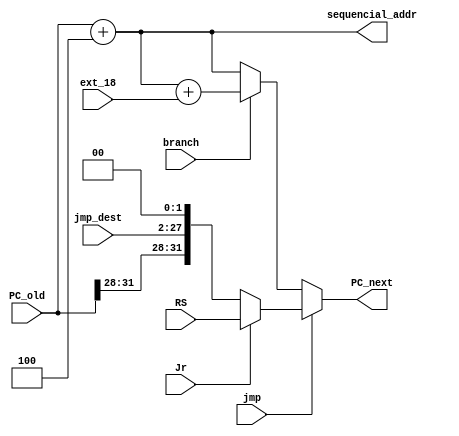
`timescale 1ns / 1ps

module PC(PC_old, ext_18, jmp_dest, branch, jmp, Jr, RS, PC_next, sequencial_addr);
    input [31:0] PC_old;
    input [31:0] ext_18;
    input [25:0] jmp_dest;
    input branch, jmp, Jr;
    input [31:0] RS;
    output reg[31:0] PC_next;
    
    output [31:0] sequencial_addr;
    wire   [31:0] jmp_addr;
    wire   [31:0] branch_addr;

    assign jmp_addr = {PC_old[31:28], jmp_dest, 2'b00};
    assign sequencial_addr = PC_old + 4;
    assign branch_addr = sequencial_addr + ext_18;
    
    always @(*)
    begin
    PC_next =  (jmp == 1)? ((Jr == 1)?RS:jmp_addr) : ((branch == 1)? branch_addr:sequencial_addr) ;
    end

endmodule